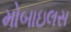
મોબાઇલસ